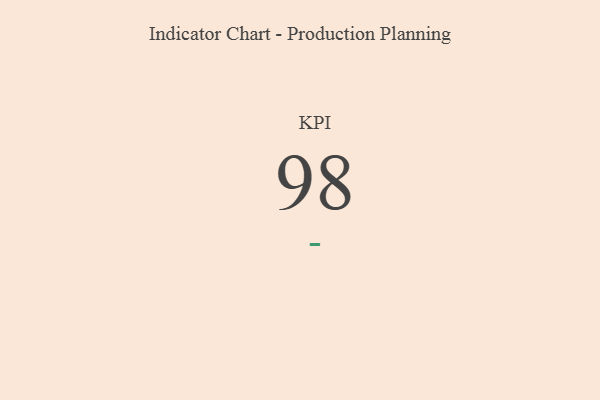
{"axis": {"x": "KPI", "y": "Value"}, "legend": [""], "data": [{"x": "KPI", "y": 98, "type": ""}]}